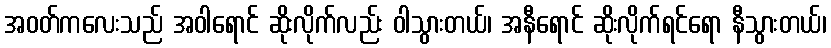
အဝတ်ကလေးသည် အဝါရောင် ဆိုးလိုက်လည်း ဝါသွားတယ်၊ အနီရောင် ဆိုးလိုက်ရင်ရော နီသွားတယ်၊